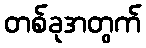
တစ်ခုအတွက်